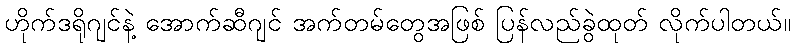
ဟိုက်ဒရိုဂျင်နဲ့ အောက်ဆီဂျင် အက်တမ်တွေအဖြစ် ပြန်လည်ခွဲထုတ် လိုက်ပါတယ်။